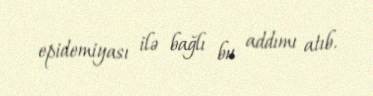
epidemiyası ilə bağlı bu addımı atıb.